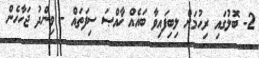
2- ބޮލުގައި ރިހުމަށް ލިބިފައިވާ ބައެއް ޚާއްޞަ ސިފަތައް - ވިންދު ޖަހާހެން